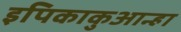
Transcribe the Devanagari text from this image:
इपिकाकुआन्हा